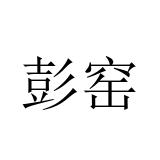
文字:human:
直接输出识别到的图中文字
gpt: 彭窑